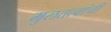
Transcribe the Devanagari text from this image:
मुलतत्वांची